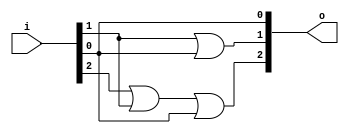
// This program was cloned from: https://github.com/NYU-MLDA/OpenABC
// License: BSD 3-Clause "New" or "Revised" License

module bsg_scan_width_p3_or_p1_lo_to_hi_p1
(
  i,
  o
);

  input [2:0] i;
  output [2:0] o;
  wire [2:0] o;
  wire t_1__2_,t_1__1_,t_1__0_;
  assign t_1__2_ = i[0] | 1'b0;
  assign t_1__1_ = i[1] | i[0];
  assign t_1__0_ = i[2] | i[1];
  assign o[0] = t_1__2_ | 1'b0;
  assign o[1] = t_1__1_ | 1'b0;
  assign o[2] = t_1__0_ | t_1__2_;

endmodule